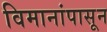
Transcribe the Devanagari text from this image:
विमानांपासून